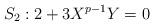
LaTeX: \begin{align*}S_2: 2+3X^{p-1}Y=0\end{align*}